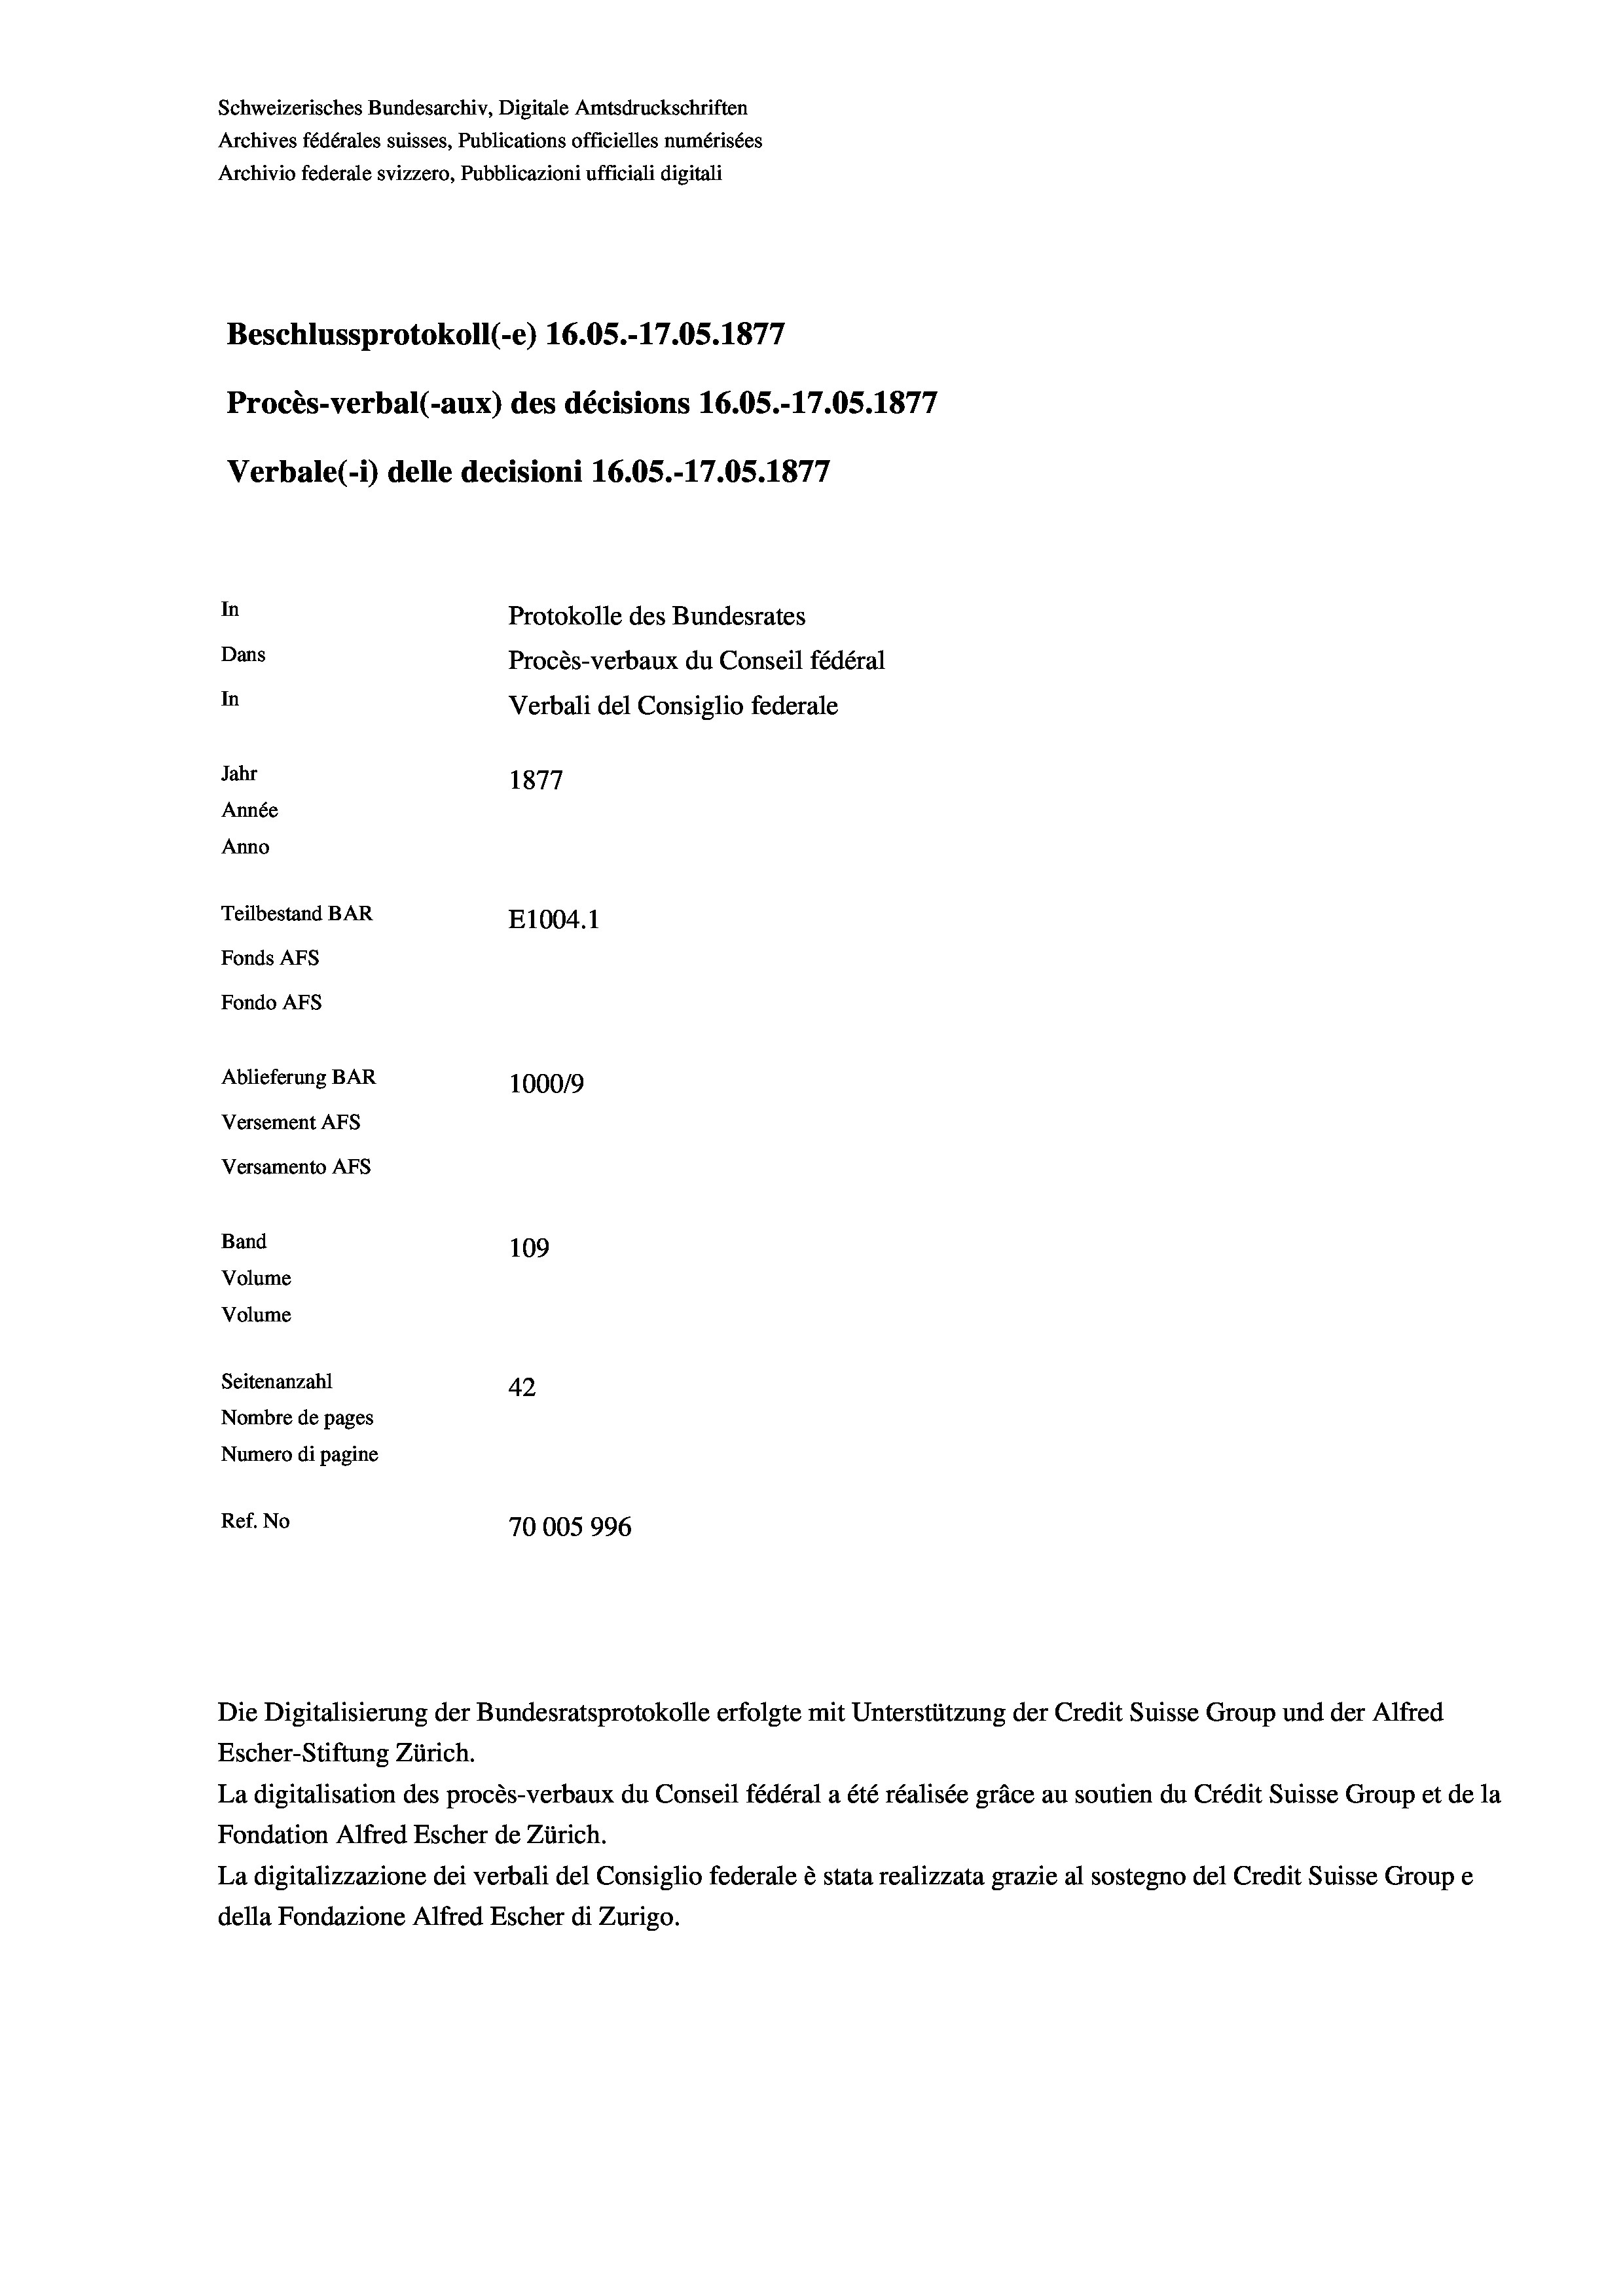
Schweizerisches Bundesarchiv, Digitale Amtsdruckschriften
Archives fédérales suisses, Publications officielles numérisées
Archivio federale svizzero, Pubblicazioni ufficiali digitali
Beschlussprotokoll (-e) 16.05.-17.05. 1877
Procès-verbal (-aux) des décisions 16.05.-17.05. 1877
Verbale(1) delle decisioni 16.05.-17.05. 1877
In
Protokolle des Bundesrates
Dans
Procès-verbaux du Conseil fédéral
In
Verbali del Consiglio federale
Jahr
1877
Année
Anno
Teilbestand BAR
E1004. 1
Fonds AEs
Fondo Afs
Ablieferung BAR
100019
Versement AFs
Versamento AFS
Band
109

Volume
Volume
Seitenanzahl
42
Nombre de pages
Numero di pagine
Ref. No
70005996

Escher-Stiftung Zürich.
La digitalisation des procès-verbaux du Conseil fédéral a été réalisée gräce au soutien du Crédit Suisse Group et de la
Fondation Alfred Escher de Zürich.
La digitalizzazione dei verbali del Consiglio federale è stata realizzata grazie al sostegno del Credit Suisse Groupe
della Fondazione Alfred Escher di Zurigo.

Die Digitalisierung der Bundesratsprotokolle erfolgte mit Unterstützung der Credit Suisse Group und der Alfred